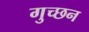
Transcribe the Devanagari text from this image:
गुच्छन